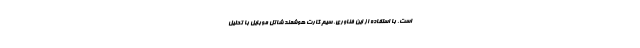
است. با استفاده از این فناوری، سیم کارت هوشمند شاتل موبایل با تحلیل